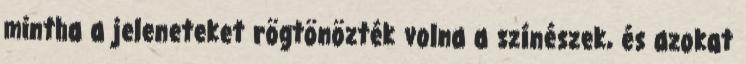
mintha a jeleneteket rögtönözték volna a színészek, és azokat